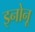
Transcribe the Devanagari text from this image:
इनोनू